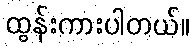
ထွန်းကားပါတယ်။